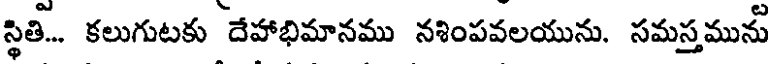
స్థితి... కలుగుటకు దేహాభిమానము నశింపవలయును. సమస్తమును